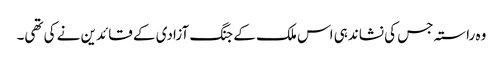
وہ راستہ جس کی نشاندہی اس ملک کے جنگ آزادی کے قائدین نے کی تھی۔